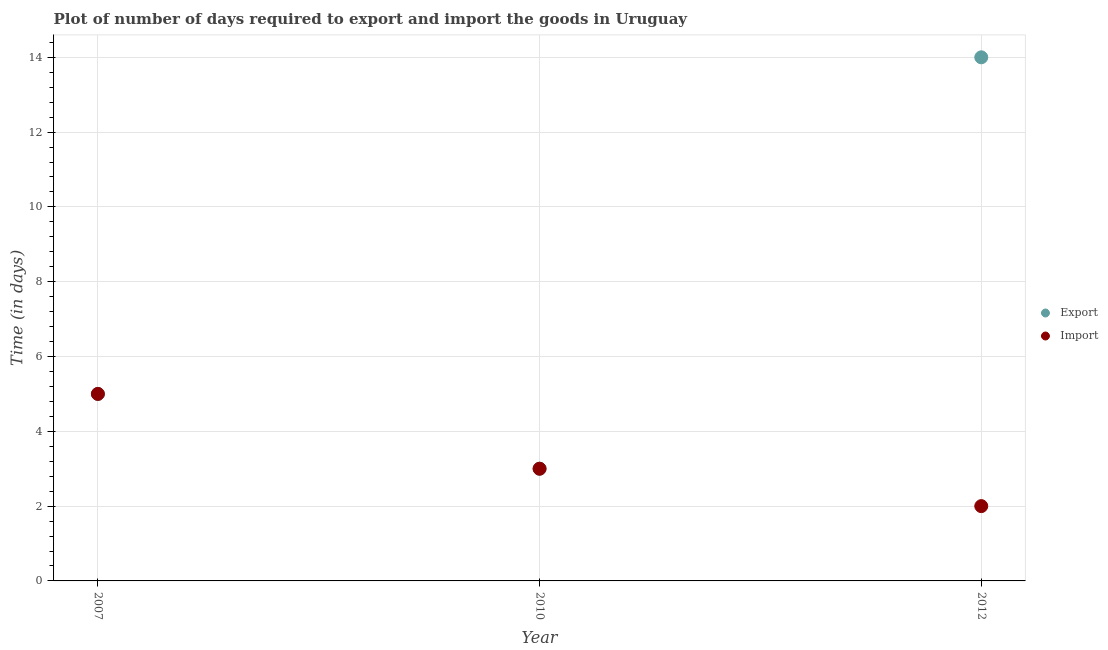
| Year | Export | Import |
 | --- | --- | --- |
 | 2007 | 5 | 5 |
 | 2010 | 3 | 3 |
 | 2012 | 14 | 2 |